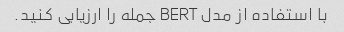
با استفاده از مدل BERT جمله را ارزیابی کنید.